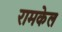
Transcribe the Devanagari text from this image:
रामकेल